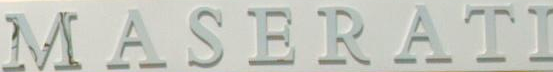
MASERATI